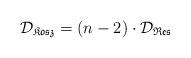
LaTeX: \begin{align*}\mathcal{D}_{\mathfrak{Kosz}}=(n-2)\cdot \mathcal{D}_{\mathfrak{Res}}\end{align*}